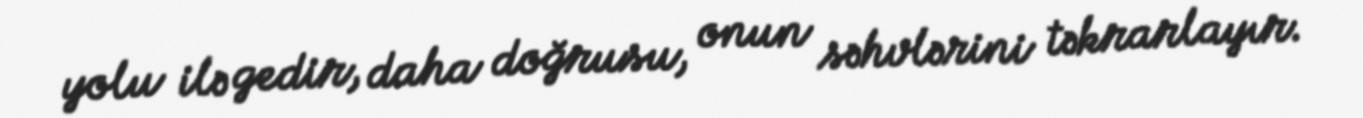
yolu ilə gedir, daha doğrusu, onun səhvlərini təkrarlayır.